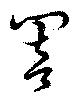
闇